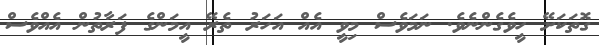
ގޮތަކަށޭ ހީވެގެންނެވެ. ނަމަވެސް މިވީ އެއް އަހަރު ތެރޭ އީމަންގެ ފަރާތުން އެއްވެސް